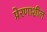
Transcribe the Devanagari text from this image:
प्रेरणाशील